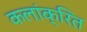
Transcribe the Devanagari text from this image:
कलांक्रित